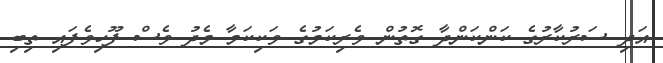
އަދި ސަރުކާރުގެ ކަންކަންދާ ގޮތުން ވެރިކަމުގެ ވަކިކަމާ މެދު ވެސް ފޫހިވެފައި ތިބި